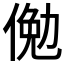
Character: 𬾲